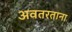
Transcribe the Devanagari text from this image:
अवतरताना